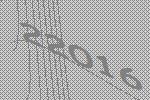
22016